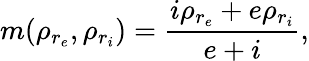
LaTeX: m(\rho_{r_{e}},\rho_{r_{i}})=\frac{i\rho_{r_{e}}+e\rho_{r_{i}}}{e+i},